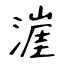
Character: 漄